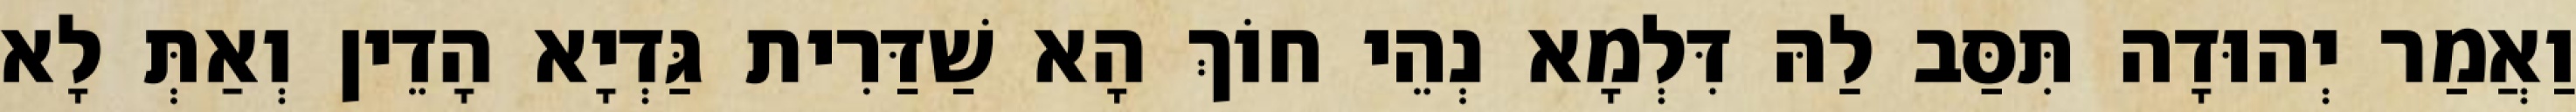
וַאֲמַר יְהוּדָה תִּסַּב לַהּ דִּלְמָא נְהֵי חוֹךְ הָא שַׁדַּרִית גַּדְיָא הָדֵין וְאַתְּ לָא